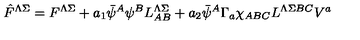
\hat { F } ^ { \Lambda \Sigma } = F ^ { \Lambda \Sigma } + a _ { 1 } \bar { \psi } ^ { A } \psi ^ { B } L _ { A B } ^ { \Lambda \Sigma } + a _ { 2 } \bar { \psi } ^ { A } \Gamma _ { a } \chi _ { A B C } L ^ { \Lambda \Sigma B C } V ^ { a }